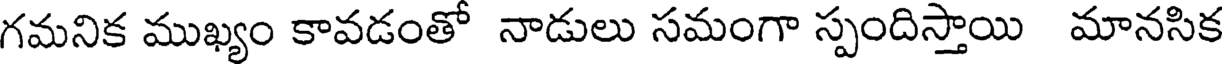
గమనిక ముఖ్యం కావడంతో నాడులు సమంగా స్పందిస్తాయి మానసిక